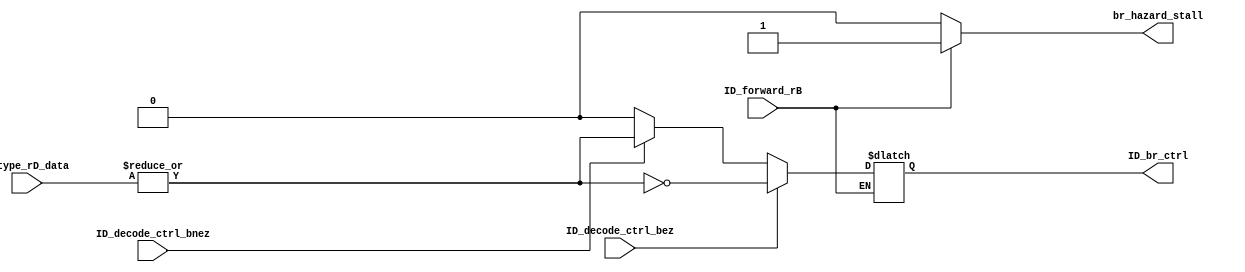
module br_ctrl (
    ID_decode_ctrl_bez,ID_decode_ctrl_bnez, M_type_rD_data,ID_br_ctrl,ID_forward_rB,br_hazard_stall
);
    
    input wire ID_decode_ctrl_bez,ID_decode_ctrl_bnez,ID_forward_rB;
    input wire [0:63] M_type_rD_data;
    output reg ID_br_ctrl,br_hazard_stall;

    always@(*) begin
        br_hazard_stall = 0;
        if(ID_forward_rB) begin
            br_hazard_stall = 1;
        end
        else if(ID_decode_ctrl_bez) begin
            ID_br_ctrl = !(|M_type_rD_data);
            br_hazard_stall = 0;
        end
        else if(ID_decode_ctrl_bnez) begin
            ID_br_ctrl = (|M_type_rD_data);
            br_hazard_stall = 0;
        end
        else begin
            ID_br_ctrl = 0;
            br_hazard_stall = 0;
        end
    end
    
endmodule